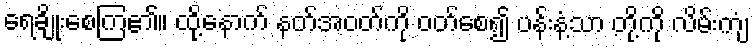
ရေချိုးစေကြ၏။ ထို့နောက် နတ်အဝတ်ကို ဝတ်စေ၍ ပန်းနံ့သာ တို့ကို လိမ်းကျံ